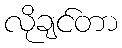
လိုချင်တာ